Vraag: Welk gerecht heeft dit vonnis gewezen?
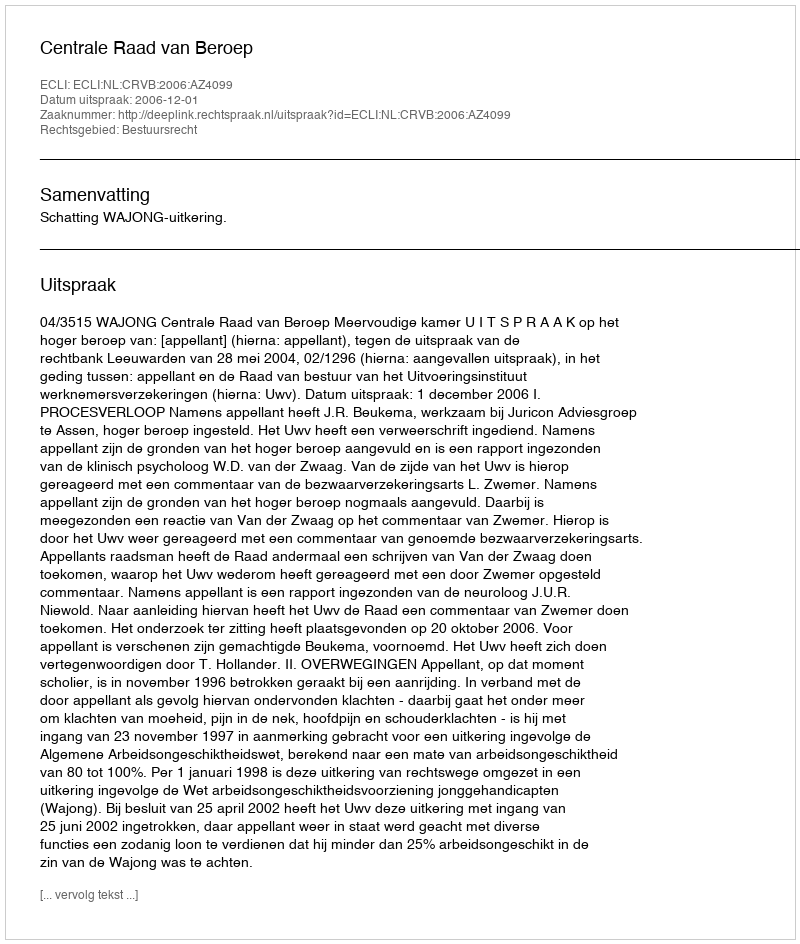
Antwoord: Centrale Raad van Beroep